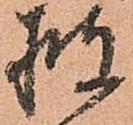
披